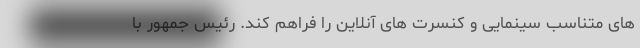
های متناسب سینمایی و کنسرت های آنلاین را فراهم کند. رئیس جمهور با